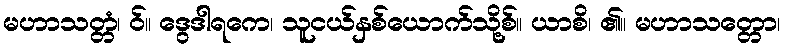
မဟာသတ္တံ၊ ဝ်။ ဒွေဒါရကေ၊ သူငယ်နှစ်ယောက်သို့စ်။ ယာစိ၊ ၏။ မဟာသတ္တော၊